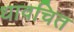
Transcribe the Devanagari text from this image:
धावचित